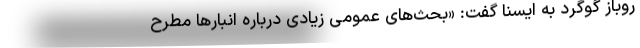
روباز گوگرد به ایسنا گفت: «بحث‌های عمومی زیادی درباره انبارها مطرح